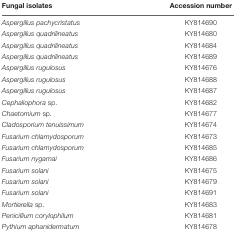
| Fungal isolates | Accession number |
 | --- | --- |
 | Aspergillus pachycristatus | KY814690 |
 | Aspergillus quadrilineatus | KY814680 |
 | Aspergillus quadrilineatus | KY814684 |
 | Aspergillus quadrilineatus | KY814689 |
 | Aspergillus rugulosus | KY814676 |
 | Aspergillus rugulosus | KY814688 |
 | Aspergillus rugulosus | KY814687 |
 | Cephaliophora sp. | KY814682 |
 | Chaetomium sp. | KY814677 |
 | Cladosporium tenuissimum | KY814674 |
 | Fusarium chlamydosporum | KY814673 |
 | Fusarium chlamydosporum | KY814685 |
 | Fusarium nygamai | KY814686 |
 | Fusarium solani | KY814675 |
 | Fusarium solani | KY814679 |
 | Fusarium solani | KY814691 |
 | Mortierella sp. | KY814683 |
 | Penicillium corylophilum | KY814681 |
 | Pythium aphanidermatum | KY814678 |